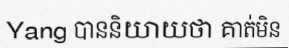
Yang បាននិយាយថា គាត់មិន